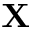
\mathbf { X }